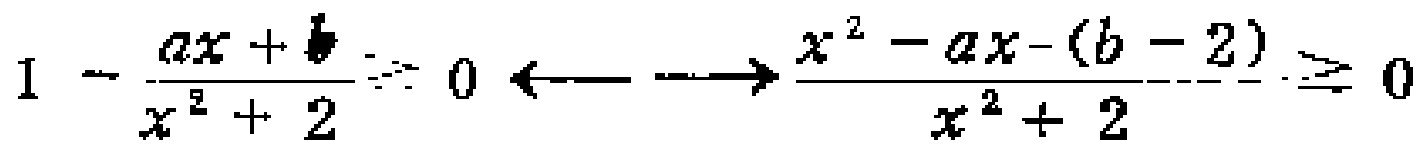
$1 - \frac{ax + b}{x^{2}+2} \geqslant 0 \longleftrightarrow \frac{x^{2}-ax-(b - 2)}{x^{2}+2} \geqslant 0$